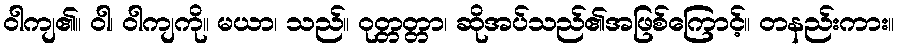
ဝါကျ၏။ ဝါ၊ ဝါကျကို။ မယာ၊ သည်။ ဝုတ္တတ္တာ၊ ဆိုအပ်သည်၏အဖြစ်ကြောင့်။ တနည်းကား။